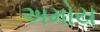
અમોય